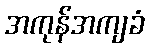
အကုန်အကျခံ